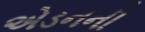
એડનની